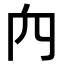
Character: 𥤢